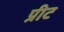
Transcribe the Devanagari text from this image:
प्रीट